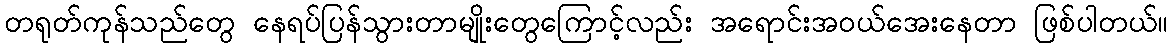
တရုတ်ကုန်သည်တွေ နေရပ်ပြန်သွားတာမျိုးတွေကြောင့်လည်း အရောင်းအဝယ်အေးနေတာ ဖြစ်ပါတယ်။